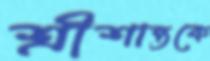
শ্রীশান্তকে